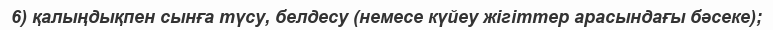
6) қалыңдықпен сынға түсу, белдесу (немесе күйеу жігіттер арасындағы бәсеке);